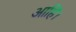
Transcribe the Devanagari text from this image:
आहिं।